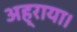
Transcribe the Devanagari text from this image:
अह्राया।